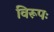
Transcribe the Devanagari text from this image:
विरूपः